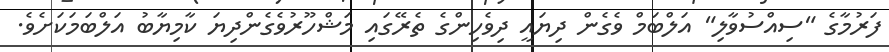
ފަރުމާގެ "ސިއްސުވާލި" އަލްބަމް ވެގެން ދިޔައީ ދިވެހިންގެ ތެރޭގައި މަޝްހޫރުވެގެންދިޔަ ކާމިޔާބު އަލްބަމަކަށެވެ.